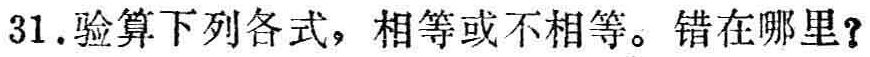
31. 验算下列各式，相等或不相等。错在哪里？